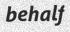
behalf